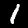
Label: 1